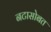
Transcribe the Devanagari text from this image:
नटासोबत